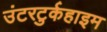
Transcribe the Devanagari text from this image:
उंटरटुर्कहाइम